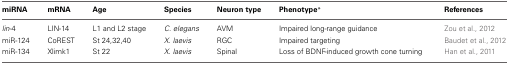
<table><thead><tr><td><b>miRNA</b></td><td><b>mRNA</b></td><td><b>Age</b></td><td><b>Species</b></td><td><b>Neuron type</b></td><td><b>Phenotype<sup>*</sup></b></td><td><b>References</b></td></tr></thead><tbody><tr><td><i>lin</i>-4</td><td>LIN-14</td><td>L1 and L2 stage</td><td><i>C. elegans</i></td><td>AVM</td><td>Impaired long-range guidance</td><td>Zou et al., 2012</td></tr><tr><td>miR-124</td><td>CoREST</td><td>St 24,32,40</td><td><i>X. laevis</i></td><td>RGC</td><td>Impaired targeting</td><td>Baudet et al., 2012</td></tr><tr><td>miR-134</td><td>Xlimk1</td><td>St 22</td><td><i>X. laevis</i></td><td>Spinal</td><td>Loss of BDNF-induced growth cone turning</td><td>Han et al., 2011</td></tr></tbody></table>